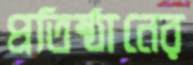
প্রতিষ্ঠানের